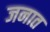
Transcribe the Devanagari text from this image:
जनात